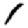
Digit: 1